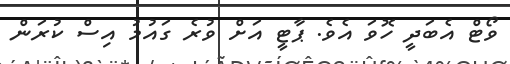
ވޯޓް އެބަދީ ހޮވަ އެވެ. ޕާޓީ އަށް ވުރެ ގައުމު އިސް ކުރަން